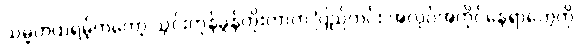
သမ္မတထရမ့်ကတော့ သွင်းကုန်ခွန်တိုးတာက ပြည်တွင်း အလုပ်အကိုင်နေရာတွေကို